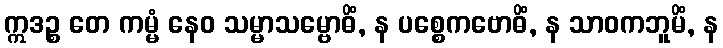
ဣဒဉ္စ တေ ကမ္မံ နေဝ သမ္မာသမ္ဗောဓိံ, န ပစ္စေကဗောဓိံ, န သာဝကဘူမိံ, န